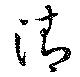
淸